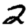
Digit: 2